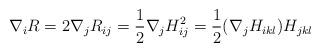
LaTeX: \begin{align*} \nabla_i R=2\nabla_j R_{ij}=\frac{1}{2}\nabla_j H^2_{ij}=\frac{1}{2}(\nabla_j H_{ikl})H_{jkl} \end{align*}